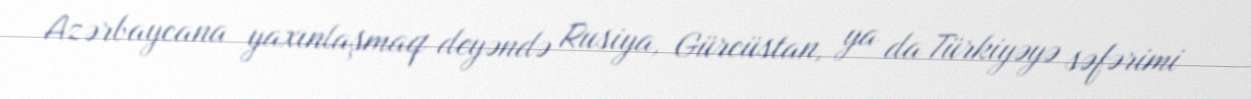
Azərbaycana yaxınlaşmaq deyəndə Rusiya, Gürcüstan, ya da Türkiyəyə səfərimi